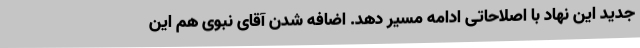
جدید این نهاد با اصلاحاتی ادامه مسیر دهد. اضافه شدن آقای نبوی هم این